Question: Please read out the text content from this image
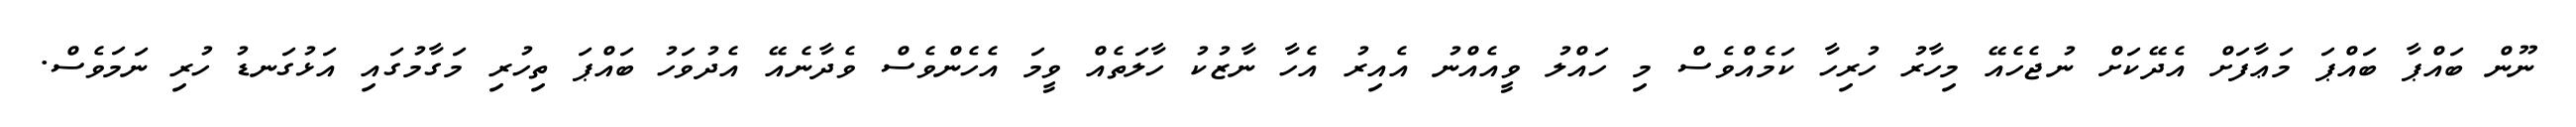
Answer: ނޫން ބައްޕާ ބައްޕަ މަޢާފަށް އެދޭކަށް ނުޖެހެއޭ މިހާރު ހުރިހާ ކަމެއްވެސް މި ހައްލު ވީއެއްނު އެއިރު އެހާ ނާޒުކު ހާލަތެއް ވީމަ އެހެންވެސް ވެދާނެއޭ އެދުވަހު ބައްޕަ ތިހުރި މަގާމުގައި އަޅުގަނޑު ހުރި ނަމަވެސް.